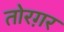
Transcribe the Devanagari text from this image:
तोरग़र